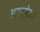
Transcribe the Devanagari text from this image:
धर्मसेवक